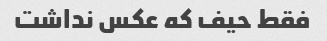
فقط حیف که عکس نداشت